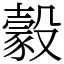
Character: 豰